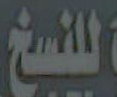
للنسخ